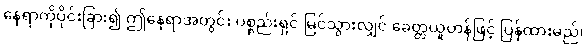
နေရာကိုပိုင်းခြား၍ ဤနေရာအတွင်း ပစ္စည်းရှင် မြင်သွားလျှင် ခေတ္တယူဟန်ဖြင့် ပြန်ထားမည်၊